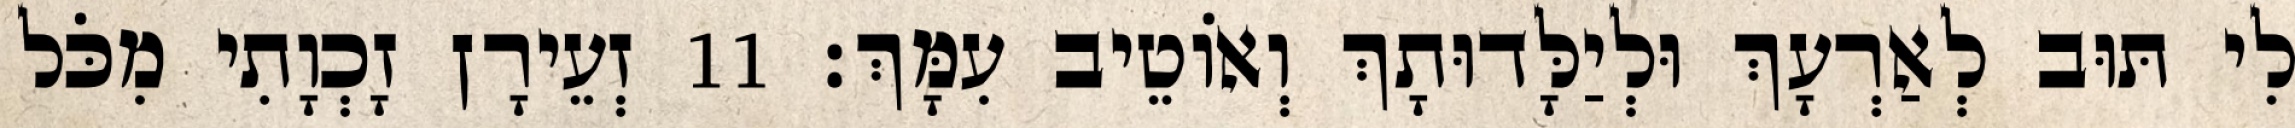
לִי תּוּב לְאַרְעָךְ וּלְיַלָּדוּתָךְ וְאוֹטֵיב עִמָּךְ׃ 11 זְעֵירָן זָכְוָתִי מִכֹּל